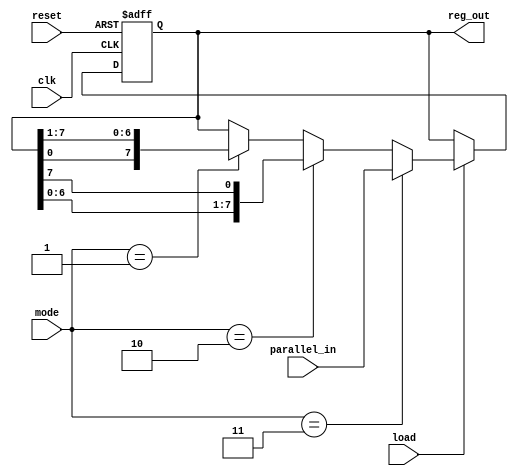
module multimode_shift_register (reset, clk, load, mode, parallel_in, reg_out);
     parameter N = 8;

     input [N-1:0] parallel_in;
     input [1:0] mode;
     input reset, clk, load;
     output reg [N-1:0] reg_out;

     // Register with circular shift and parallel loading capabilities
     always @(posedge clk or posedge reset) begin
          if (reset) reg_out <= 0;
          else if (load) begin
               if (mode == 2'b11) reg_out <= parallel_in;
               else if (mode == 2'b10) reg_out <= {reg_out[N-2:0], reg_out[N-1]}; 
               else if (mode == 2'b01) reg_out <= {reg_out[0], reg_out[N-1:1]};
          end
     end

endmodule